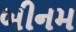
બીનમ